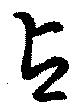
占